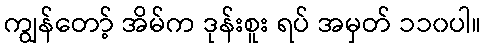
ကျွန်တော့် အိမ်က ဒုန်းစူး ရပ် အမှတ် ၁၁၀ပါ။